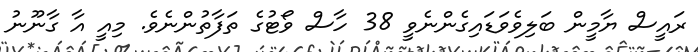
ރައީސް ޔާމީން ބަލިވެވަޑައިގެންނެވީ 38 ހާސް ވޯޓުގެ ތަފާތުންނެވެ. މިއީ އާ ގާނޫނު